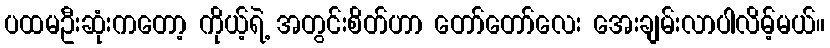
ပထမဦးဆုံးကတော့ ကိုယ့်ရဲ့ အတွင်းစိတ်ဟာ တော်တော်လေး အေးချမ်းလာပါလိမ့်မယ်။